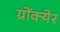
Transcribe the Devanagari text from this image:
ग्रोंक्येर